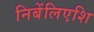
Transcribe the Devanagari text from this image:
निबेंलिएशि